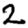
Digit: 2